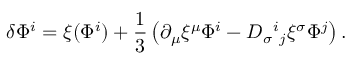
\delta \Phi ^ { i } = \xi ( \Phi ^ { i } ) + { \frac { 1 } { 3 } } \left( \partial _ { \mu } \xi ^ { \mu } \Phi ^ { i } - D _ { \sigma } { } ^ { i } { } _ { j } \xi ^ { \sigma } \Phi ^ { j } \right) .